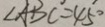
\angle A B C = 4 5 ^ { \circ }